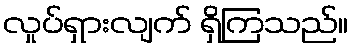
လှုပ်ရှားလျက် ရှိကြသည်။